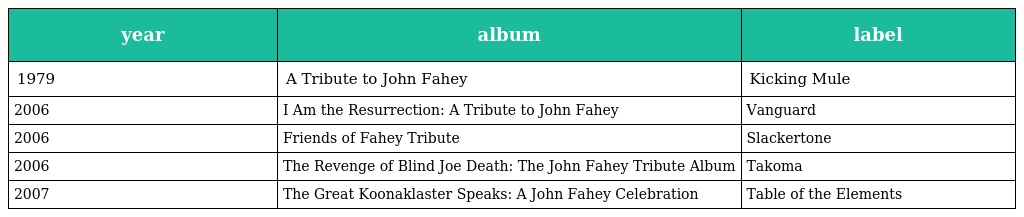
| year | album | label |
 | --- | --- | --- |
 | 1979 | A Tribute to John Fahey | Kicking Mule |
 | 2006 | I Am the Resurrection: A Tribute to John Fahey | Vanguard |
 | 2006 | Friends of Fahey Tribute | Slackertone |
 | 2006 | The Revenge of Blind Joe Death: The John Fahey Tribute Album | Takoma |
 | 2007 | The Great Koonaklaster Speaks: A John Fahey Celebration | Table of the Elements |